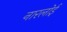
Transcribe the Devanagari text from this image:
नारलोई